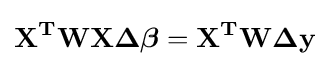
\mathbf {X^{T}WX{\boldsymbol {\Delta }}{\boldsymbol {\beta }}=X^{T}W{\boldsymbol {\Delta }}y}